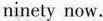
ninety now.